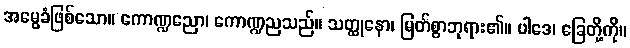
အမွေခံဖြစ်သော။ ကောဏ္ဍညော၊ ကောဏ္ဍညသည်။ သတ္ထုနော၊ မြတ်စွာဘုရား၏။ ပါဒေ၊ ခြေတို့ကို။